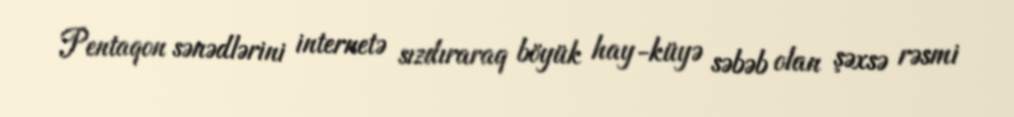
Pentaqon sənədlərini internetə sızdıraraq böyük hay-küyə səbəb olan şəxsə rəsmi